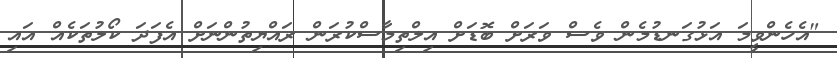
"އެހެންވީމަ އަޅުގަނޑުމެން ވެސް ވަރަށް ބޮޑަށް އިލްތިމާސްކުރަން ރައްޔިތުންނަށް އެފަދަ ކޯލުތަކެއް އައި